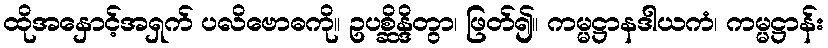
ထိုအနှောင့်အရှက် ပလိဗောဓကို။ ဥပစ္ဆိန္ဒိတွာ၊ ဖြတ်၍။ ကမ္မဋ္ဌာနဒါယကံ၊ ကမ္မဋ္ဌာန်း